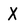
Character: X